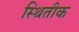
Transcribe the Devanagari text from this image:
स्थितीक